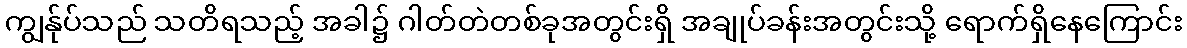
ကျွန်ုပ်သည် သတိရသည့် အခါ၌ ဂါတ်တဲတစ်ခုအတွင်းရှိ အချုပ်ခန်းအတွင်းသို့ ရောက်ရှိနေကြောင်း